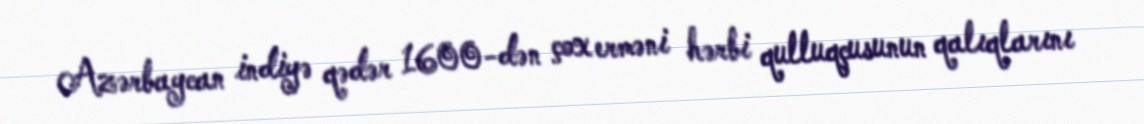
Azərbaycan indiyə qədər 1600-dən çox erməni hərbi qulluqçusunun qalıqlarını